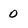
Character: 0